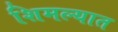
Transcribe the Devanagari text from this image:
शिमल्यात